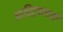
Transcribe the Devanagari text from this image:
आस्ट्रियावासी